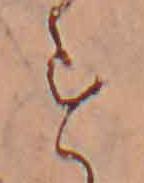
す